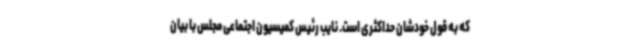
که به قول خودشان حداکثری است. نایب رئیس کمیسیون اجتماعی مجلس با بیان